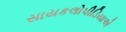
સાયકલોપીડિયાએ